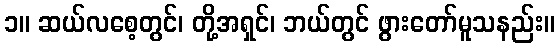
၁။ ဆယ်လစေ့တွင်၊ တို့အရှင်၊ ဘယ်တွင် ဖွားတော်မူသနည်း။